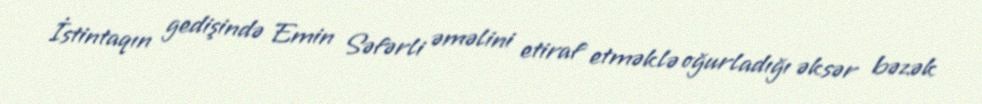
İstintaqın gedişində Emin Səfərli əməlini etiraf etməklə oğurladığı əksər bəzək